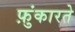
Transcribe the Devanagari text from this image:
फ़ुंकारते